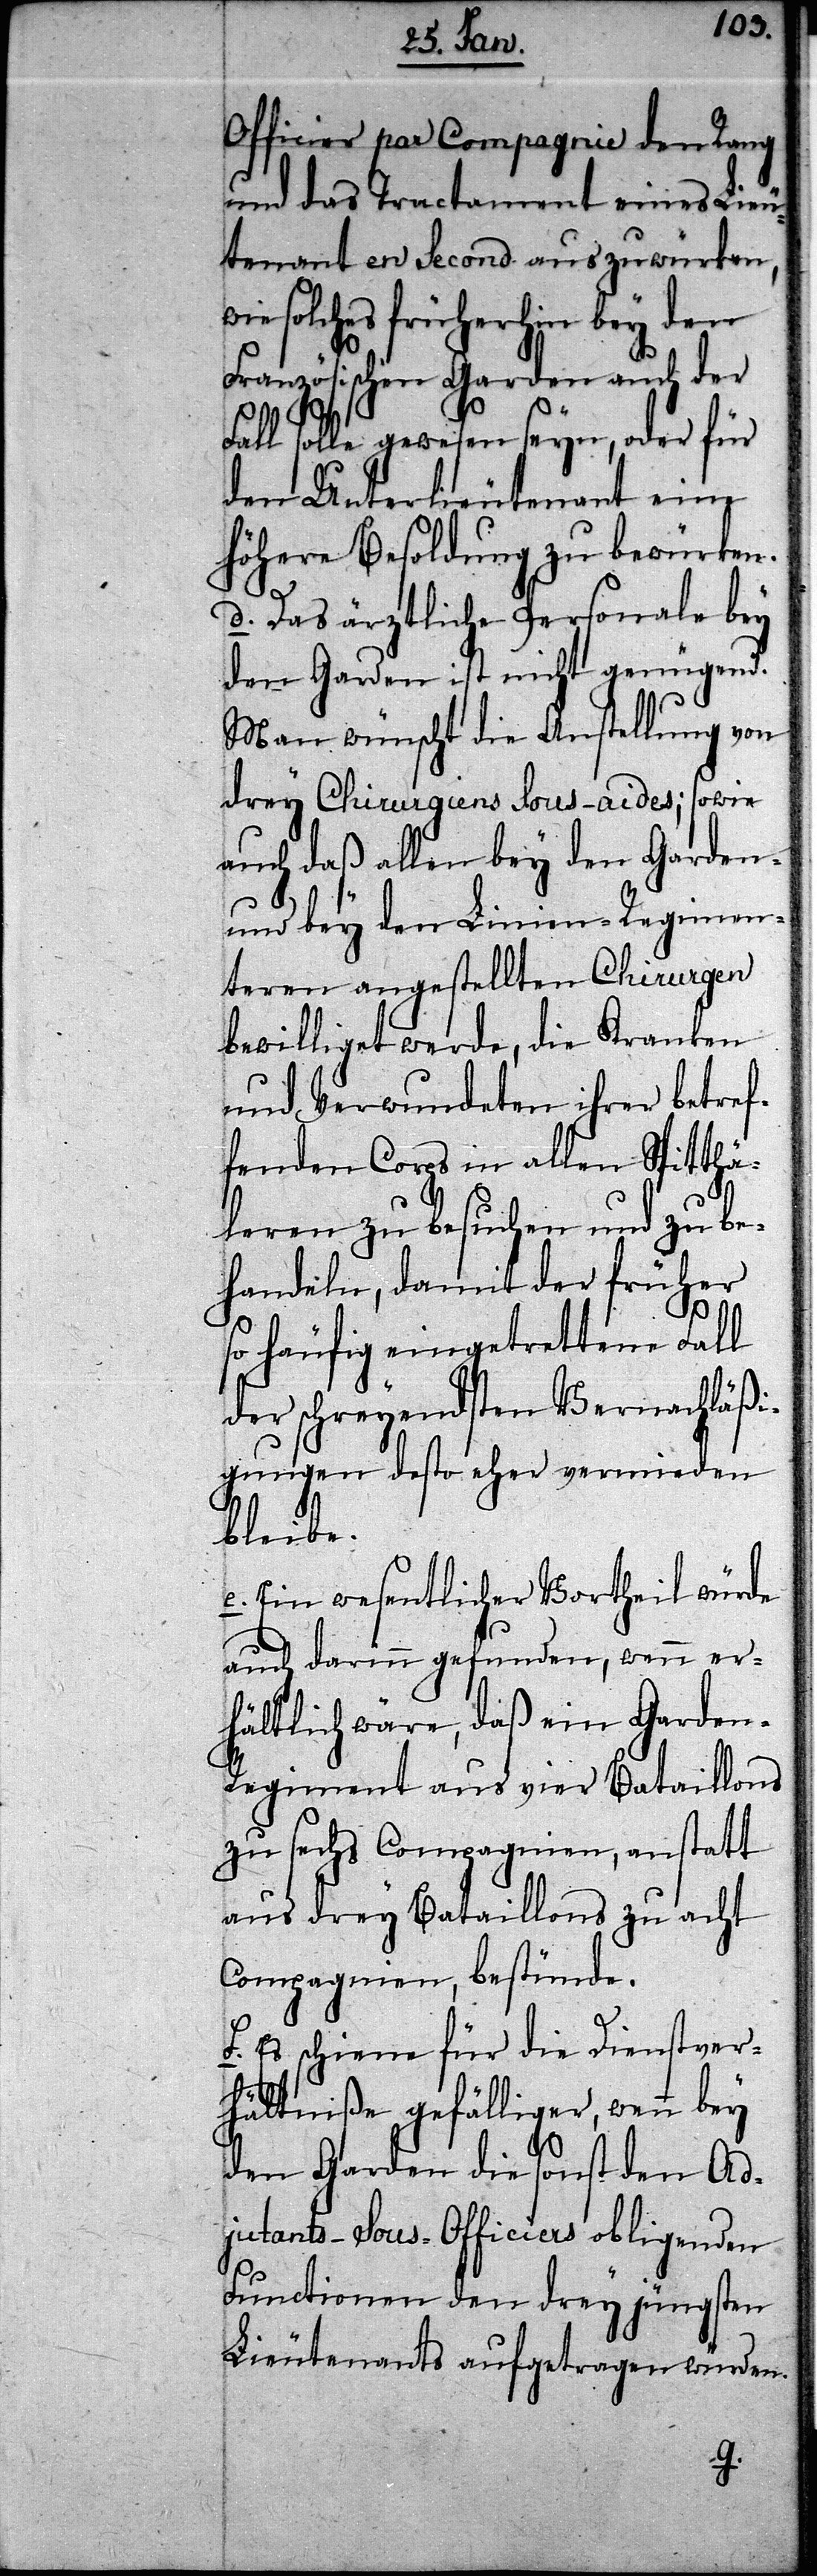
Officier par Compagnie den Rang
und das Tractament eines Lieu¬
tenant en Second auszuwürken,
wie solches früherhin bey den
Französischen Garden auch der
Fall solle gewesen seyn, oder für
den Unterlieutenant eine
Höhere Besoldung zu bewürken.
d. Das ärztliche Personale bey
den Garden ist nicht genügend.
Man wünscht die Anstellung von
drey Chirurgiens Sous-aides; sowie
auch daß allen bey den Garden-
und bey den Linien-Regimen¬
teren angestellten Chirurgen
bewilliget werde, die Kranken
und Verwundeten ihrer betref¬
fenden Corps in allen Spitthä¬
leren zu besuchen und zu be¬
handeln, damit der früher
so häufig eingetrettene Fall
der schreyendsten Vernachläßi¬
gungen desto eher vermieden
bleibe.
e. Ein wesentlicher Vortheil würde
auch darinn gefunden, wenn er¬
hältlich wäre, daß ein Garde¬
n-Regiment aus vier Bataillons
zu sechs Compagnien, anstatt
aus drey Bataillons zu acht
Compagnien, bestünde.
f. Es schiene für die Dienstver¬
hältniße gefälliger, wenn bey
den Garden die sonst den Ad¬
jutants-Sous-Officiers obliegenden
Functionen den drey jüngsten
Lieutenants aufgetragen würden.